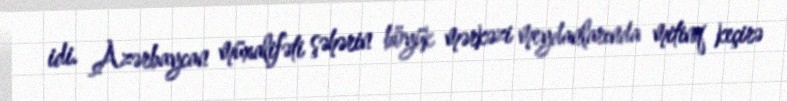
idi. Azərbaycan müxalifəti şəhərin böyük mərkəzi meydanlarında mitinq keçirə